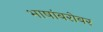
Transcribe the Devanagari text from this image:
भाषांबरोबर